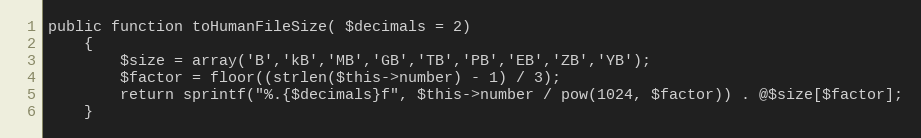
Language: PHP
public function toHumanFileSize( $decimals = 2)
	{
		$size = array('B','kB','MB','GB','TB','PB','EB','ZB','YB');
        $factor = floor((strlen($this->number) - 1) / 3);
        return sprintf("%.{$decimals}f", $this->number / pow(1024, $factor)) . @$size[$factor];
	}